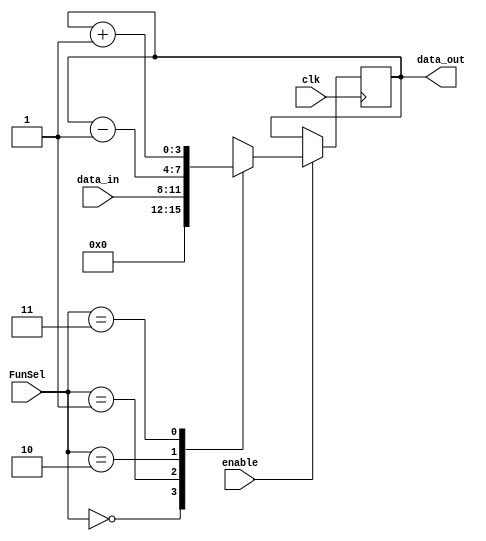
module part1 #(parameter n = 4) (input clk, input [1:0] FunSel, input [n-1:0] data_in, input enable, output reg [n-1:0] data_out);

    wire [n-1:0] zero = 0;
    always @(posedge clk)
    begin
        if (enable == 0)
            data_out = data_out;
        else
            case (FunSel)
                2'b00: data_out = zero;
                2'b01: data_out = data_in;
                2'b10: data_out = data_out - 1;
                2'b11: data_out = data_out + 1;
            endcase
    end
endmodule

module part2a_IRreg(input clk, input[7:0] I, input [1:0] FunSel, input LH, input enable, output reg [15:0] data_out);

    always @(posedge clk)
    begin
        if (enable == 0)
            data_out = data_out;
        else
            if(FunSel == 2'b00) data_out = 16'b000000000000000;
            else if(FunSel == 2'b01) begin
                if(~LH) data_out[7:0] = I;
                else if(LH) data_out[15:8] = I;
            end
            else if(FunSel == 2'b10) data_out = data_out - 1;
            else if(FunSel == 2'b11) data_out = data_out + 1;
    end

endmodule

module part2b_RF (
    input clk,
    input [7:0] I,
    input [2:0] O1Sel,
    input [2:0] O2Sel,
    input [1:0] FunSel,
    input [3:0] RSel,
    input [3:0] TSel,
    output reg [7:0] O1,
    O2
);

    reg [7:0] R1;
    reg [7:0] R2;
    reg [7:0] R3;
    reg [7:0] R4;
    
    reg [7:0] T1;
    reg [7:0] T2;
    reg [7:0] T3;
    reg [7:0] T4;
 
    always @ (posedge clk) begin

        if(FunSel == 2'b00) begin
            if(RSel[0] == 1) 
                 R4 <= 8'b00000000;
            if(RSel[1] == 1) 
                 R3 <= 8'b00000000;
            if(RSel[2] == 1) 
                 R2 <= 8'b00000000;
            if(RSel[3] == 1) 
                 R1 <= 8'b00000000;
            if(TSel[0] == 1) 
                 T4 <= 8'b00000000;
            if(TSel[1] == 1) 
                 T3 <= 8'b00000000;
            if(TSel[2] == 1) 
                 T2 <= 8'b00000000;
            if(TSel[3] == 1) 
                 T1 <= 8'b00000000;
        end
        else if(FunSel == 2'b01) begin
            if(RSel[0])  R4 <= I;
            if(RSel[1])  R3 <= I;
            if(RSel[2])  R2 <= I;
            if(RSel[3])  R1 <= I;
            if(TSel[0])  T4 <= I;
            if(TSel[1])  T3 <= I;
            if(TSel[2])  T2 <= I;
            if(TSel[3])  T1 <= I;
        end
        else if(FunSel == 2'b10) begin
            if(RSel[0])  R4 <= R4 - 1;
            if(RSel[1])  R3 <= R3 - 1;
            if(RSel[2])  R2 <= R2 - 1;
            if(RSel[3])  R1 <= R1 - 1;
            if(TSel[0])  T4 <= T4 - 1;
            if(TSel[1])  T3 <= T3 - 1;
            if(TSel[2])  T2 <= T2 - 1;
            if(TSel[3])  T1 <= T1 - 1;
        end
        else if(FunSel == 2'b11) begin
            if(RSel[0])  R4 <= R4 + 1;
            if(RSel[1])  R3 <= R3 + 1;
            if(RSel[2])  R2 <= R2 + 1;
            if(RSel[3])  R1 <= R1 + 1;
            if(TSel[0])  T4 <= T4 + 1;
            if(TSel[1])  T3 <= T3 + 1;
            if(TSel[2])  T2 <= T2 + 1;
            if(TSel[3])  T1 <= T1 + 1;
        end
                
        if( O1Sel == 3'b000)  O1 <= T1;
        else if( O1Sel == 3'b001)  O1 <= T2;
        else if( O1Sel == 3'b010)  O1 <= T3;
        else if( O1Sel == 3'b011)  O1 <= T4;
        else if( O1Sel == 3'b100)  O1 <= R1;
        else if( O1Sel == 3'b101)  O1 <= R2;
        else if( O1Sel == 3'b110)  O1 <= R3;
        else if( O1Sel == 3'b111)  O1 <= R4;


        if( O2Sel == 3'b000)  O2 <= T1;
        else if( O2Sel == 3'b001)  O2 <= T2;
        else if( O2Sel == 3'b010)  O2 <= T3;
        else if( O2Sel == 3'b011)  O2 <= T4;
        else if( O2Sel == 3'b100)  O2 <= R1;
        else if( O2Sel == 3'b101)  O2 <= R2;
        else if( O2Sel == 3'b110)  O2 <= R3;
        else if( O2Sel == 3'b111)  O2 <= R4;

    end 
endmodule


//Address Register File
module part2c_ARF(
    input clk,
    input [7:0] I,
    input [1:0] OutASel,
    input [1:0] OutBSel,
    input [1:0] FunSel,
    input [3:0] RSel,
    output reg [7:0] OutA,
    output reg [7:0] OutB
);

reg [7:0] PC;
reg [7:0] AR;
reg [7:0] SP;
reg [7:0] PCPast;


always @ (posedge clk) begin

    if(FunSel == 2'b00)
    begin
        if(RSel[3] == 1) 
            PC <= 8'b00000000;
        if(RSel[2] == 1) 
            AR <= 8'b00000000;
        if(RSel[1] == 1) 
            SP <= 8'b00000000;
        if(RSel[0] == 1) 
            PCPast <= 8'b00000000;
    end
    else if(FunSel == 2'b01)
    begin
        if(RSel[3] == 1) 
            PC <= I;
        if(RSel[2] == 1) 
            AR <= I;
        if(RSel[1] == 1) 
            SP <= I;
        if(RSel[0] == 1)
            PCPast <= I;
    end
    else if(FunSel == 2'b10)
    begin
        if(RSel[3] == 1) 
            PC <= PC - 1;
        if(RSel[2] == 1) 
            AR <= AR - 1;
        if(RSel[1] == 1) 
            SP <= SP - 1;
        if(RSel[0] == 1)
            PCPast <= PCPast - 1;
    end
    else if(FunSel == 2'b11)
    begin
        if(RSel[3] == 1) 
            PC <= PC + 1;
        if(RSel[2] == 1) 
            AR <= AR + 1;
        if(RSel[1] == 1) 
            SP <= SP + 1;
        if(RSel[0] == 1)
            PCPast <= PCPast + 1;
    end
    


    if(OutASel == 2'b00) OutA <= AR;
    else if(OutASel == 2'b01) OutA <= SP;
    else if(OutASel == 2'b10) OutA <= PCPast;
    else if(OutASel == 2'b11) OutA <= PC;

    if(OutBSel == 2'b00) OutB <= AR;
    else if(OutBSel == 2'b01) OutB <= SP;
    else if(OutBSel == 2'b10) OutB <= PCPast;
    else if(OutBSel == 2'b11) OutB <= PC;

end

endmodule


module part3_ALU (input clk, input [7:0] A, input [7:0] B, input [3:0] FunSel, output reg [7:0] OutALU, output reg [3:0] Flags);

    reg [7:0] B_neg;
    reg cout;

    always @(posedge clk) begin
        B_neg = (~B) + 8'b00000001; // 2's complement of B
        cout = Flags[2];

        if(FunSel == 4'b0000)
            OutALU <= A;
        else if(FunSel == 4'b0001)
            OutALU <= B;
        else if(FunSel == 4'b0010)
            OutALU <= ~A;
        else if(FunSel == 4'b0011)
            OutALU <= ~B;
        else if(FunSel == 4'b0100) begin // A+B
            {cout, OutALU} <= {1'b0, A} + {1'b0, B};
            if(cout == 1) Flags[0] <= 1;
            else Flags[0] <= 0;
        end
        else if(FunSel == 4'b0101)begin
            {cout, OutALU} <= {1'b0, A} + {1'b0, B_neg};
            if(cout !== OutALU[7]) Flags[0] <= 1; //Overflow
            else Flags[0] <= 0;
        end
        else if(FunSel == 4'b0110)
            begin
                if(A > B) OutALU <= A;
                else OutALU <= 0;
            end
        else if(FunSel == 4'b0111)
            OutALU <= A & B;
        else if(FunSel == 4'b1000)
            OutALU <= A | B;
        else if(FunSel == 4'b1001)
            OutALU <= ~(A & B);
        else if(FunSel == 4'b1010)
            OutALU <= (~A & B) | (A & ~B);
        else if(FunSel == 4'b1011) begin // LSL
            cout <= A[7];
            OutALU <= A << 1;
        end
        else if (FunSel == 4'b1100) begin //LSR
            cout <= A[0];
            OutALU <= A >> 1;
        end
        else if (FunSel == 4'b1101) //ASL
            OutALU <= A << 1;
        else if (FunSel == 4'b1110)
            OutALU <= {A[7], A[7:1]}; 
        else if (FunSel == 4'b1111) begin //CSR
            cout <= A[0];
            OutALU <= {Flags[2], A[7:1]};
        end

        // Set flags

        if (OutALU == 8'b00000000) Flags[3] <= 1; // Z Flag
        else Flags[3] <= 0;

        Flags[2] <= cout; // C Flag

        if (OutALU[7] == 1) Flags[1] <= 1; // N Flag
        else Flags[1] <= 0;

    end
endmodule

module Memory(
    input wire clock,
    input wire[7:0] address,
    input wire[7:0] data,
    input wire wr, //Read = 0, Write = 1
    input wire cs, //Chip is enable when cs = 0
    output reg[7:0] o // Output
);
    //Declaration of the RAM Area
    reg[7:0] RAM_DATA[0:255];
    //Read Ram data from the file
    initial $readmemh("./RAM.mem", RAM_DATA);
    //Read the selected data from RAM
    always @(*) begin
        o <= ~wr && ~cs ? RAM_DATA[address] : 8'hZZ;
    end
    
    //Write the data to RAM
    always @(posedge clock) begin
        if (wr && ~cs) begin
            RAM_DATA[address] <= data; 
        end
    end
endmodule

module mux_2to1(
    input clk,
    input sel,
    input [7:0] in0,
    input [7:0] in1,
    output reg [7:0] out
);

    always @(*) begin
        case(sel)
            1'b0: out <= in0;
            1'b1: out <= in1;
        endcase
    end

endmodule

module mux_4to1(
    input clk,
    input [1:0] sel,
    input [7:0] in0,
    input [7:0] in1,
    input [7:0] in2,
    input [7:0] in3,
    output reg [7:0] out
);

    always @(*) begin
        case(sel)
            2'b00: out <= in0;
            2'b01: out <= in1;
            2'b10: out <= in2;
            2'b11: out <= in3;
        endcase
    end

endmodule

module ALUSystem(
input[2:0] RF_O1Sel, 
input[2:0] RF_O2Sel, 
input[1:0] RF_FunSel,
input[3:0] RF_RSel,
input[3:0] RF_TSel,
input[3:0] ALU_FunSel,
input[1:0] ARF_OutASel, 
input[1:0] ARF_OutBSel,
input[1:0] ARF_FunSel,
input[3:0] ARF_RSel,
input      IR_LH,
input      IR_Enable,
input[1:0] IR_FunSel,
input      Mem_WR,
input      Mem_CS,
input[1:0] MuxASel,
input[1:0] MuxBSel,
input      MuxCSel,
input      Clock
);

    wire [7:0] MemOut;
    wire [7:0] RF_O1,RF_O2;
    wire [7:0] MuxAOut, MuxBOut, MuxCOut;
    wire [3:0] ALU_FlagOut;
    wire [7:0] ALU_Out;
    wire [7:0] ARF_OutA, ARF_OutB;
    wire [15:0] IR_Out;
    wire [7:0] IR_Out_L;

    part2b_RF RF(Clock, MuxAOut, RF_O1Sel, RF_O2Sel, RF_FunSel, RF_RSel, RF_TSel, RF_O1, RF_O2);
    
    part2c_ARF ARF(Clock, MuxBOut, ARF_OutASel, ARF_OutBSel, ARF_FunSel, ARF_RSel, ARF_OutA, ARF_OutB);

    Memory Mem(Clock, ARF_OutB, ALU_Out, Mem_WR, Mem_CS, MemOut);

    part2a_IRreg IR(Clock, MemOut, IR_FunSel, IR_LH, IR_Enable, IR_Out);

    assign IR_Out_L = IR_Out[7:0];

    mux_4to1 MuxA(Clock, MuxASel, ALU_Out, MemOut, IR_Out_L, ARF_OutA, MuxAOut);

    mux_4to1 MuxB(Clock, MuxBSel, ALU_Out, MemOut, IR_Out_L, ARF_OutA, MuxBOut);

    mux_2to1 MuxC(Clock, MuxCSel, RF_O1, ARF_OutA, MuxCOut);

    part3_ALU ALU(Clock, MuxCOut, RF_O2, ALU_FunSel, ALU_Out, ALU_FlagOut);


endmodule

module SeqCounter(clk,Reset,T);
    input clk;
    input Reset;
    output [2:0] T;
    
    reg [2:0] counter = 3'd7; //Start counter from T7. Because at the beginning we will reset all registers
    
    always@(posedge clk)begin
            counter = counter + 3'd1;
            if(Reset == 1'b1)begin //Reset counter to T0
                counter = 3'd0;
            end
    end
    assign T = counter;
endmodule

module Dec_8_1(
    input [2:0] s,
    output S0,
    output S1,
    output S2,
    output S3,
    output S4,
    output S5,
    output S6,
    output S7
    );
    assign S0=(~s[0]&~s[1]&~s[2]),
    S1=(~s[2]&~s[1]&s[0]),
    S2=(~s[2]&s[1]&~s[0]),
    S3=(~s[2]&s[1]&s[0]),
    S4=(s[2]&~s[1]&~s[0]),
    S5=(s[2]&~s[1]&s[0]),
    S6=(s[2]&s[1]&~s[0]),
    S7=(s[2]&s[1]&s[0]);
endmodule

module Dec_16_1(
    input [3:0] s,
    output S0,
    output S1,
    output S2,
    output S3,
    output S4,
    output S5,
    output S6,
    output S7,
    output S8,
    output S9,
    output S10,
    output S11,
    output S12,
    output S13,
    output S14,
    output S15
    );
    assign S0=(~s[3]&~s[2]&~s[1]&~s[0]),
    S1=(~s[3]&~s[2]&~s[1]&s[0]),
    S2=(~s[3]&~s[2]&s[1]&~s[0]),
    S3=(~s[3]&~s[2]&s[1]&s[0]),
    S4=(~s[3]&s[2]&~s[1]&~s[0]),
    S5=(~s[3]&s[2]&~s[1]&s[0]),
    S6=(~s[3]&s[2]&s[1]&~s[0]),
    S7=(~s[3]&s[2]&s[1]&s[0]),
    S8=(s[3]&~s[2]&~s[1]&~s[0]),
    S9=(s[3]&~s[2]&~s[1]&s[0]),
    S10=(s[3]&~s[2]&s[1]&~s[0]),
    S11=(s[3]&~s[2]&s[1]&s[0]),
    S12=(s[3]&s[2]&~s[1]&~s[0]),
    S13=(s[3]&s[2]&~s[1]&s[0]),
    S14=(s[3]&s[2]&s[1]&~s[0]),
    S15=(s[3]&s[2]&s[1]&s[0]);
endmodule



module ControlUnit(
    input Clock,
    input T0, T1, T2, T3, T4, T5, T6, T7,
    input AND,
    input OR,
    input NOT,
    input ADD,
    input SUB,
    input LSR,
    input LSL,
    input INC,
    input DEC,
    input BRA,
    input BNE,
    input MOV,
    input LD,
    input ST,
    input PUL,
    input PSH,

    input [1:0] RSEL,
    input [3:0] DSTREG,
    input [3:0] SREG1,
    input [3:0] SREG2,
    input AddressMode,

    input Z_Flag, C_Flag, N_Flag, O_Flag,

    output reg SC_reset,

    output reg [2:0] RF_O1Sel, 
    output reg [2:0] RF_O2Sel, 
    output reg [1:0] RF_FunSel,
    output reg [3:0] RF_RSel,
    output reg [3:0] RF_TSel,
    output reg [3:0] ALU_FunSel,
    output reg [1:0] ARF_OutASel, 
    output reg [1:0] ARF_OutBSel,
    output reg [1:0] ARF_FunSel,
    output reg [3:0] ARF_RSel,
    output reg       IR_LH,
    output reg       IR_Enable,
    output reg [1:0] IR_FunSel,
    output reg       Mem_WR,
    output reg       Mem_CS,
    output reg [1:0] MuxASel,
    output reg [1:0] MuxBSel,
    output reg       MuxCSel
);


    // Register File
    reg [2:0] temp_RF_O1Sel;
    reg [2:0] temp_RF_O2Sel;
    reg [1:0] temp_RF_FunSel;
    reg [3:0] temp_RF_RSel;
    reg [3:0] temp_RF_TSel;

    //ALU
    reg [3:0] temp_ALU_FunSel;

    //Address Register File
    reg [1:0] temp_ARF_OutASel;
    reg [1:0] temp_ARF_OutBSel;
    reg [1:0] temp_ARF_FunSel;
    reg [3:0] temp_ARF_RSel;

    //Instruction Register
    reg       temp_IR_LH;
    reg       temp_IR_Enable;
    reg [1:0] temp_IR_FunSel;

    //Memory
    reg       temp_Mem_WR;
    reg       temp_Mem_CS;

    //Multiplexers
    reg [1:0] temp_MuxASel;
    reg [1:0] temp_MuxBSel;
    reg       temp_MuxCSel;

    reg temp_SC_reset = 1'b0;

    always@(posedge Clock) begin 

        if(T7 == 1'b1) begin 

            $display("T7");
            IR_Enable <= 1'b1;
            IR_FunSel <= 2'b00;

            RF_RSel <= 4'b1111;
            RF_TSel <= 4'b1111;
            RF_FunSel <= 2'b00;

            ARF_RSel <= 4'b1111;
            ARF_FunSel <= 2'b00;
            ARF_OutBSel = 2'b11;

            Mem_CS <= 1'b1;
        end


        //Load MSB of M[PC] to IR and increment PC by one
        else if(T0 == 1'b1) begin
            $display("T0");
            SC_reset <= 1'b0;

            IR_LH <= 1'b1;
            IR_Enable <= 1'b1;
            IR_FunSel <= 2'b01;

            RF_RSel <= 4'b0000;
            RF_TSel <= 4'b0000;

            ARF_RSel <= 4'b1000; // Selecting PC
            ARF_FunSel <= 2'b11; // Incrementing PC
            ARF_OutBSel <= 2'b11;

            Mem_CS <= 1'b0;
            Mem_WR <= 1'b0;

        end

        else if(T1) begin 
            $display("T1");
            SC_reset <= 1'b0;

            IR_LH <= 1'b0;
            IR_Enable <= 1'b1;
            IR_FunSel <= 2'b01;

            RF_RSel <= 4'b0000;
            RF_TSel <= 4'b0000;

            ARF_RSel <= 4'b1000; // Selecting PC
            ARF_FunSel <= 2'b11; // Incrementing PC
            ARF_OutBSel <= 2'b11;

            Mem_CS <= 1'b0;
            Mem_WR <= 1'b0;
        end

        if(T2) begin // Conditions for second clock cycle

            IR_Enable <= 1'b0;
            Mem_CS <= 1'b1;


            $display("T2");
            //Constraints before moving on, this ensures that conditions for some operations are met before executing, if not, the sequence counter is reset.
            if((BRA & AddressMode) | (BNE & AddressMode) | (ST & ~AddressMode) | (BNE & Z_Flag))begin
                SC_reset <= 1'b1;
                RF_RSel <= 4'b0000;
                ARF_RSel <= 4'b0000;
                IR_Enable <= 1'b0;
                Mem_CS <= 1'b1;
            end

            else if(~AddressMode & ((BRA) | (BNE & ~Z_Flag)))begin // Load LSB of IR to PC

                $display("BRA");
                MuxBSel <= 2'b10;
                ARF_RSel <= 4'b1000;
                ARF_FunSel <= 2'b01;
                ARF_OutBSel <= 2'b11;

                // Disable IR, Memory, and Register File
                IR_Enable <= 1'b0;
                RF_RSel <= 4'b0000;
                Mem_CS <= 1'b1;

                SC_reset <= 1'b1; //Counter reset is 1 because BRA instruction is finished in 1 clock cycle

            end

            else if(LD & AddressMode) begin //Direct Version of LD Operation

                $display("LD Direct");

                IR_Enable <= 1'b0;

                ARF_RSel <= 4'b0000; // Disabling all register in ARF
                ARF_OutBSel <= 2'b00; // Selecting the AR Register as output to memory address

                Mem_WR <= 1'b0; // Reading from memory
                Mem_CS <= 1'b0; // Enabling memory

                MuxASel <= 2'b01; // Selecting Data from memory to input into RF

                RF_FunSel <= 2'b01; // Writing to RF

                SC_reset <= 1'b1; //Counter reset is 1 because LD instruction is finished in 1 clock cycle

                //Selecting the RF Register to load to based on REGSEL
                if(RSEL == 2'b00)      RF_RSel <= 4'b1000;
                else if(RSEL == 2'b01) RF_RSel <= 4'b0100;
                else if(RSEL == 2'b10) RF_RSel <= 4'b0010;
                else if(RSEL == 2'b11) RF_RSel <= 4'b0001;

            end

            else if(LD & ~AddressMode) begin // "Immediate" Version of LD Operation

                $display("LD Immediate");

                Mem_CS <= 1'b1; // Disabling memory
                ARF_RSel <= 4'b0000; // Disabling all register in ARF

                MuxASel <= 2'b10; // Selecting IR(7-0) as input to RF
                IR_Enable <= 1'b0; // no writing to IR

                RF_FunSel <= 2'b01; // Writing to RF

                SC_reset <= 1'b1; //Counter reset is 1 because LD instruction is finished in 1 clock cycle

                //Selecting the RF Register to load to based on REGSEL
                if(RSEL == 2'b00)      RF_RSel <= 4'b1000;
                else if(RSEL == 2'b01) RF_RSel <= 4'b0100;
                else if(RSEL == 2'b10) RF_RSel <= 4'b0010;
                else if(RSEL == 2'b11) RF_RSel <= 4'b0001;

            end

            else if(ST & AddressMode) begin //Write data in Register determined by REGSEL to M[AR] (Direct)

                $display("ST Direct");
            
                IR_Enable <= 1'b0; // no writing to IR

                RF_O2Sel <= {1'b1, RSEL}; // Selecting the RF Register to write to memory based on RSEL
                RF_RSel <= 4'b0000; // Disabling RF

                ALU_FunSel <= 4'b0001; // OutALU is O2Sel into memory data input
                ARF_OutBSel <= 2'b00; // Selecting the AR Register as output to memory address input

                ARF_RSel <= 4'b0000; // Disabling all register in ARF

                Mem_WR <= 1'b1; // Writing to memory
                Mem_CS <= 1'b0; // Enabling memory

                SC_reset <= 1'b1; //Counter reset is 1 because ST instruction is finished in 1 clock cycle

            end

            else if(MOV|AND|OR|NOT|ADD|SUB|LSR|LSL|INC|DEC|PSH|PUL) begin // all of these operations have a common execution sequence

                Mem_CS <= 1'b1; // Disabling memory
                IR_Enable <= 1'b0; // no writing to IR

                RF_RSel <= 4'b0000; // Disabling all Registers in RF
                ARF_RSel <= 4'b0000; // Disabling all Registers in ARF


                // Determining the destination Register, since we disabled all register prior to this,
                // it will result in only one register being enabled and written to
                if(~DSTREG[2]) begin
                    case(DSTREG[1:0])
                        2'b00: RF_RSel <= 4'b1000; // Enabling RF Register 1
                        2'b01: RF_RSel <= 4'b0100; // Enabling RF Register 2
                        2'b10: RF_RSel <= 4'b0010; // Enabling RF Register 3
                        2'b11: RF_RSel <= 4'b0001; // Enabling RF Register 4
                    endcase
                end
                else if (DSTREG[2]) begin 
                    case(DSTREG[1:0])
                        2'b00: ARF_RSel <= 4'b0010; // Enabling SR Register
                        2'b01: ARF_RSel <= 4'b0100; // Enabling AR Register
                        2'b10: ARF_RSel <= 4'b1000; // Enabling PC Register
                        2'b11: ARF_RSel <= 4'b1000; // Enabling PC Register
                    endcase
                end

                //Determining the Source Register, 
                if(SREG1[2]) begin 
                    case(SREG1[1:0]) 
                        2'b00: ARF_OutASel <= 2'b01;
                        2'b01: ARF_OutASel <= 2'b00;
                        2'b10: ARF_OutASel <= 2'b11;
                        2'b11: ARF_OutASel <= 2'b11;
                    endcase
                end
                else if (~SREG1[2]) begin 
                    RF_O1Sel <= {1'b1, SREG1[1:0]};
                end

                // if(SREG2[2]) begin 
                //     case(SREG2[1:0]) 
                //         2'b00: ARF_OutBSel <= 2'b01;
                //         2'b01: ARF_OutBSel <= 2'b00;
                //         2'b10: ARF_OutBSel <= 2'b11;
                //         2'b11: ARF_OutBSel <= 2'b11;
                //     endcase
                // end
                // else 
                if (~SREG2[2]) begin 
                    RF_O2Sel <= {1'b1, SREG2[1:0]};
                end
                

                if( LSL | LSR | MOV | AND | OR | NOT | ADD | SUB ) begin // all of these operations finish in T2 and are assigned SREG1 and DSTREG in the same way.

                    if(LSL) ALU_FunSel <= 4'b1011; // LSL operation
                    else if(LSR) ALU_FunSel <= 4'b1100; // LSR operation
                    else if(MOV) ALU_FunSel <= 4'b0000; // Passing Output of MuxC Directly to OutALU
                    else if (AND) ALU_FunSel <= 4'b0111; // AND operation
                    else if (OR) ALU_FunSel <= 4'b1000; // OR operation
                    else if (NOT) ALU_FunSel <= 4'b0010; // NOT operation
                    else if (ADD) ALU_FunSel <= 4'b0100; // ADD operation 
                    else if (SUB) ALU_FunSel <= 4'b0101; // SUB operation


                    if(~SREG1[2]) begin 
                        MuxCSel <= 1'b0; // Selecting RF_O1 as input to ALU
                    end
                    else if (SREG1[2]) begin 
                        MuxCSel <= 1'b1; // Selecting ARF_OutA as input to ALU
                    end

                    if(~DSTREG[2]) begin 
                        RF_FunSel <= 2'b01; // Writing ALU output to RF
                        MuxASel <= 2'b00; // Selecting ALU output as input to RF
                    end
                    else if (DSTREG[2]) begin
                        ARF_FunSel <= 2'b01; // Writing ALU output to ARF
                        MuxBSel <= 2'b00; // Selecting ALU output as input to ARF
                    end

                    SC_reset <= 1'b1; //Counter reset is 1 because all of these instructions are finished in 1 clock cycle

                end


                else if (INC | DEC) begin 
                    
                    if(SREG1 == DSTREG) begin // Can be done in 1 clock cycle
                        if(~SREG1[2]) begin 
                            
                            if(INC) RF_FunSel <= 2'b11; // Increment Operation on RF
                            else if(DEC) RF_FunSel <= 2'b10; // Decrement Operation on RF

                        end
                        else if(SREG1[2]) begin 

                            if(INC) ARF_FunSel <= 2'b11; // Increment Operation on RF
                            else if(DEC) ARF_FunSel <= 2'b10; // Decrement Operation on RF

                        end

                        SC_reset <= 1'b1;
                    end

                    else begin  // if destination and source are different, we need to first load the data into the destination, then increment from there.

                        ALU_FunSel <= 4'b0000; // ADD operation
                        
                        if(~SREG1[2]) begin 
                            MuxCSel <= 1'b0; // Selecting RF_O1 as input to ALU
                        end
                        else if (SREG1[2]) begin 
                            MuxCSel <= 1'b1; // Selecting ARF_OutA as input to ALU
                        end
                        
                        if(~DSTREG[2]) begin 
                            RF_FunSel <= 2'b01; // Writing ALU output to RF
                            MuxASel <= 2'b00; // Selecting ALU output as input to RF
                        end
                        else if (DSTREG[2]) begin
                            ARF_FunSel <= 2'b01; // Writing ALU output to ARF
                            MuxBSel <= 2'b00; // Selecting ALU output as input to ARF
                        end

                        SC_reset <= 1'b0; // Counter reset is 0 because these instructions take 2 clock cycles
                    end

                end

                if (PSH & ~SREG1[2]) begin // PSH at T2, Write to memory first

                    ALU_FunSel <= 4'b0000; // PASS A to OutALU

                    MuxCSel <= 1'b0; // Selecting RF_O1 as input to ALU

                    IR_Enable <= 1'b0; // Disable IR

                    ARF_RSel <= 4'b0000; // Disabling all ARF registers

                    ARF_OutBSel <= 2'b01; // Selecting SP as input to Memory Address

                    Mem_WR <= 1'b1; // Write to memory
                    Mem_CS <= 1'b0; // Enable memory

                    SC_reset <= 1'b0; // Counter is not reset because this instruction takes 2 clock cycles
                end

                if(PUL & ~DSTREG[2]) begin // INCREMENT SP

                    ARF_RSel <= 4'b0010; // Enabling SP register

                    ARF_FunSel <= 2'b11; // Increment Operation on ARF

                    IR_Enable <= 1'b0; // Disable IR
                    
                    SC_reset <= 1'b0; // Counter is not reset because this instruction takes 2 clock cycles
                end
                    
            end

        end

        else if (T3) begin 
            $display("T3");

            // SC_reset <= 1'b1; // Counter reset is 1 because all of these instructions are finished in 1 clock cycle

            // Determining the destination Register, since we disabled all register prior to this,
            // it will result in only one register being enabled and written to
            if(~DSTREG[2]) begin
                case(DSTREG[1:0])
                    2'b00: RF_RSel <= 4'b1000; // Enabling RF Register 1
                    2'b01: RF_RSel <= 4'b0100; // Enabling RF Register 2
                    2'b10: RF_RSel <= 4'b0010; // Enabling RF Register 3
                    2'b11: RF_RSel <= 4'b0001; // Enabling RF Register 4
                endcase
            end
            else if (DSTREG[2]) begin 
                case(DSTREG[1:0])
                    2'b00: ARF_RSel <= 4'b0010; // Enabling SR Register
                    2'b01: ARF_RSel <= 4'b0100; // Enabling AR Register
                    2'b10: ARF_RSel <= 4'b1000; // Enabling PC Register
                    2'b11: ARF_RSel <= 4'b1000; // Enabling PC Register
                endcase
            end

            //Determining the Source Register, 
            if(SREG1[2]) begin 
                case(SREG1[1:0]) 
                    2'b00: ARF_OutASel <= 2'b01;
                    2'b01: ARF_OutASel <= 2'b00;
                    2'b10: ARF_OutASel <= 2'b11;
                    2'b11: ARF_OutASel <= 2'b11;
                endcase
            end
            else if (~SREG1[2]) begin 
                RF_O1Sel <= {1'b1, SREG1[1:0]};
            end

            // if(SREG2[2]) begin 
            //     case(SREG2[1:0]) 
            //         2'b00: ARF_OutBSel <= 2'b01;
            //         2'b01: ARF_OutBSel <= 2'b00;
            //         2'b10: ARF_OutBSel <= 2'b11;
            //         2'b11: ARF_OutBSel <= 2'b11;
            //     endcase
            // end
            // else 
            if (~SREG2[2]) begin 
                RF_O2Sel <= {1'b1, SREG2[1:0]};
            end
            
            if(INC | DEC) begin 
                if(~DSTREG[2]) begin 
                    if(INC) RF_FunSel <= 2'b11; // Increment Operation on RF
                    else if(DEC) RF_FunSel <= 2'b10; // Decrement Operation on RF
                end
                else if (DSTREG[2]) begin 
                    if(INC) ARF_FunSel <= 2'b11; // Increment Operation on ARF
                    else if(DEC) ARF_FunSel <= 2'b10; // Decrement Operation on ARF
                end

                SC_reset <= 1'b1; // Counter reset
            end

            if(PSH & ~SREG1[2]) begin // Decrement SP and Reset Counter

                ARF_RSel <= 4'b0010; // Enabling SP Register in ARF

                ARF_FunSel <= 2'b10; // Decrement Operation on ARF

                SC_reset <= 1'b1; // Counter reset
            end

            if(PUL & ~DSTREG[2]) begin // Load M[SP] to Rx

                ARF_OutBSel <= 4'b0010; // Selecting SP as input to Memory Address

                Mem_CS <= 1'b0; // Enable memory
                Mem_WR <= 1'b0; // Read from memory

                MuxASel <= 1'b1; // Selecting Memory Output as input to ALU

                RF_FunSel <= 2'b01; // Load Operation on RF

                SC_reset <= 1'b1; // Counter reset
            end

        end

    end


    // assign RF_O1Sel = temp_RF_O1Sel;
    // assign RF_O2Sel = temp_RF_O2Sel;
    // assign RF_FunSel = temp_RF_FunSel;
    // assign RF_RSel = temp_RF_RSel;
    // assign RF_TSel = temp_RF_TSel;
    // assign ALU_FunSel = temp_ALU_FunSel;
    // assign ARF_OutASel = temp_ARF_OutASel;
    // assign ARF_OutBSel = temp_ARF_OutBSel;
    // assign ARF_FunSel = temp_ARF_FunSel;
    // assign ARF_RSel = temp_ARF_RSel;
    // assign IR_LH = temp_IR_LH;
    // assign IR_Enable = temp_IR_Enable;
    // assign IR_FunSel = temp_IR_FunSel;
    // assign Mem_WR = temp_Mem_WR;
    // assign Mem_CS = temp_Mem_CS;
    // assign MuxASel = temp_MuxASel;
    // assign MuxBSel = temp_MuxBSel;
    // assign MuxCSel = temp_MuxCSel;

    // assign SC_reset = temp_SC_reset;

endmodule

module CPUSystem(
    input Clock,
    output Reset,
    output [2:0] T_out,
    output [15:0] IR_out,
    output [7:0] RF_R1,  RF_R2,  RF_R3,  RF_R4,  ARF_PC,  ARF_SP,  ARF_AR,
    output T0_out, T1_out, T2_out, T3_out, T4_out, T5_out, T6_out, T7_out,
    output AND_out, OR_out, NOT_out, ADD_out, SUB_out, INC_out, DEC_out,LSR_out, LSL_out, LD_out, ST_out, PSH_out, PUL_out, MOV_out, BRA_out, BNE_out,
    output [7:0] mem_out
);


    wire [2:0] RF_O1Sel;
    wire [2:0] RF_O2Sel;
    wire [1:0] RF_FunSel;
    wire [3:0] RF_RSel;
    wire [3:0] RF_TSel;
    wire [3:0] ALU_FunSel;
    wire [1:0] ARF_OutASel;
    wire [1:0] ARF_OutBSel;
    wire [1:0] ARF_FunSel;
    wire [3:0] ARF_RSel;
    wire IR_LH;
    wire IR_Enable;
    wire [1:0] IR_FunSel;
    wire Mem_WR;
    wire Mem_CS;
    wire [1:0] MuxASel;
    wire [1:0] MuxBSel;
    wire MuxCSel;
    wire SC_reset;

    wire AND;
    wire OR;
    wire NOT;
    wire ADD;
    wire SUB;
    wire LSR;
    wire LSL;
    wire INC;
    wire DEC;
    wire BRA;
    wire BNE;
    wire MOV;
    wire LD;
    wire ST;
    wire PUL;
    wire PSH;

    wire [2:0] T_binary;

    wire T0, T1, T2, T3, T4, T5, T6, T7;

    SeqCounter SC(
        Clock,
        SC_reset,
        T_binary
    );

    Dec_8_1 SC_Decoder(T_binary, T0, T1, T2, T3, T4, T5, T6, T7);

    ControlUnit Ctrl_Unit(
        Clock,
        T0, T1, T2, T3, T4, T5, T6, T7,
        AND,
        OR,
        NOT,
        ADD,
        SUB,
        LSR,
        LSL,
        INC,
        DEC,
        BRA,
        BNE,
        MOV,
        LD,
        ST,
        PUL,
        PSH,

        ALU_Sys.IR_Out[9:8],
        ALU_Sys.IR_Out[11:8],
        ALU_Sys.IR_Out[7:4],
        ALU_Sys.IR_Out[3:0],
        ALU_Sys.IR_Out[10],

        ALU_Sys.ALU_FlagOut[3], ALU_Sys.ALU_FlagOut[2], ALU_Sys.ALU_FlagOut[1], ALU_Sys.ALU_FlagOut[0],

        SC_reset,

        RF_O1Sel, 
        RF_O2Sel, 
        RF_FunSel,
        RF_RSel,
        RF_TSel,
        ALU_FunSel,
        ARF_OutASel, 
        ARF_OutBSel,
        ARF_FunSel,
        ARF_RSel,
        IR_LH,
        IR_Enable,
        IR_FunSel,
        Mem_WR,
        Mem_CS,
        MuxASel,
        MuxBSel,
        MuxCSel
    );

    

    ALUSystem ALU_Sys(
        .RF_O1Sel(RF_O1Sel), 
        .RF_O2Sel(RF_O2Sel), 
        .RF_FunSel(RF_FunSel),
        .RF_RSel(RF_RSel),
        .RF_TSel(RF_TSel),
        .ALU_FunSel(ALU_FunSel),
        .ARF_OutASel(ARF_OutASel), 
        .ARF_OutBSel(ARF_OutBSel),
        .ARF_FunSel(ARF_FunSel),
        .ARF_RSel(ARF_RSel),
        .IR_LH(IR_LH),
        .IR_Enable(IR_Enable),
        .IR_FunSel(IR_FunSel),
        .Mem_WR(Mem_WR),
        .Mem_CS(Mem_CS),
        .MuxASel(MuxASel),
        .MuxBSel(MuxBSel),
        .MuxCSel(MuxCSel),
        .Clock(Clock)
    );

    // initial begin ALU_Sys.ARF.PC = 8'b00000000; end


    Dec_16_1 IR_Decoder(ALU_Sys.IR_Out[15:12],
        AND,
        OR,
        NOT,
        ADD,
        SUB,
        LSR,
        LSL,
        INC,
        DEC,
        BRA,
        BNE,
        MOV,
        LD,
        ST,
        PUL,
        PSH
    );

    assign AND_out = AND;
    assign OR_out = OR;
    assign NOT_out = NOT;
    assign ADD_out = ADD;
    assign SUB_out = SUB;
    assign LSR_out = LSR;
    assign LSL_out = LSL;
    assign INC_out = INC;
    assign DEC_out = DEC;
    assign BRA_out = BRA;
    assign BNE_out = BNE;
    assign MOV_out = MOV;
    assign LD_out = LD;
    assign ST_out = ST;
    assign PUL_out = PUL;
    assign PSH_out = PSH;


    assign T_out = T_binary;
    assign Reset = SC_reset;
    assign RF_R1 = ALU_Sys.RF.R1;
    assign RF_R2 = ALU_Sys.RF.R2;
    assign RF_R3 = ALU_Sys.RF.R3;
    assign RF_R4 = ALU_Sys.RF.R4;
    assign ARF_PC = ALU_Sys.ARF.PC;
    assign ARF_SP = ALU_Sys.ARF.SP;
    assign ARF_AR = ALU_Sys.ARF.AR;
    assign IR_out = ALU_Sys.IR_Out;

    assign mem_out = ALU_Sys.MemOut;

    assign T0_out = T0;
    assign T1_out = T1;
    assign T2_out = T2;
    assign T3_out = T3;
    assign T4_out = T4;
    assign T5_out = T5;
    assign T6_out = T6;
    assign T7_out = T7;

endmodule